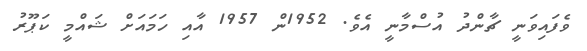
ވެފައިވަނީ ޗާންދު އުސްމާނީ އެވެ. 1952ން 1957 އާއި ހަމައަށް ޝައްމީ ކަޕޫރު